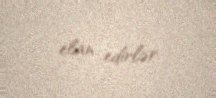
elan edirlər.